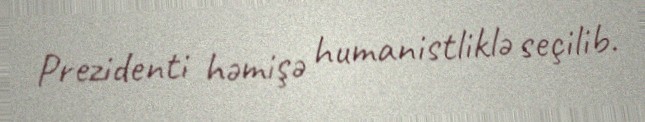
Prezidenti həmişə humanistliklə seçilib.